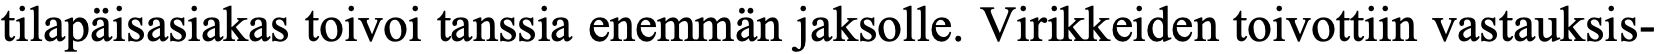
tilapäisasiakas toivoi tanssia enemmän jaksolle. Virikkeiden toivottiin vastauksis-